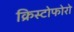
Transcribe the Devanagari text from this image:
क्रिस्टोफोरो